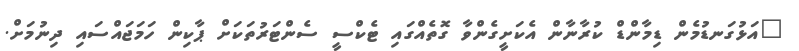
"އަޅުގަނޑުމެން ޑިމާންޑް ކުރާނާން އެކަށީގެންވާ ގޮތެއްގައި ޓެކްސީ ސެންޓަރުތަކަށް ޕާކިން ހަމަޖައްސައި ދިނުމަށް.